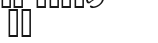
١٠